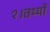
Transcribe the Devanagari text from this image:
१।तथ्यों